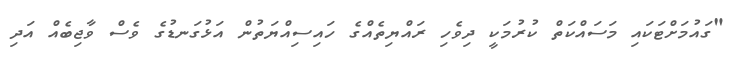
"ގައުމަށްޓަކައި މަސައްކަތް ކުރުމަކީ ދިވެހި ރައްޔިތެއްގެ ހައިސިއްޔަތުން އަޅުގަނޑުގެ ވެސް ވާޖިބެއް އަދި